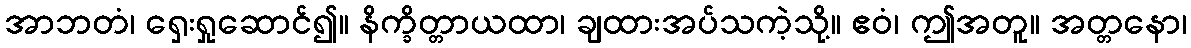
အာဘတံ၊ ရှေးရှုဆောင်၍။ နိက္ခိတ္တာယထာ၊ ချထားအပ်သကဲ့သို့။ ဧဝံ၊ ဤအတူ။ အတ္တနော၊